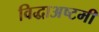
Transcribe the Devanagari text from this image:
विद्धाअष्टमी